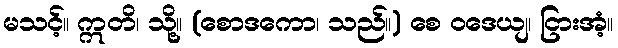
မသင့်။ ဣတိ၊ သို့။ (စောဒကော၊ သည်။) စေ ဝဒေယျ၊ ငြားအံ့။